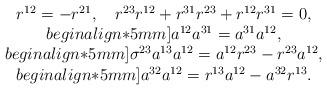
LaTeX: \begin{align*}\begin{array}{c} r^{12}=-r^{21},~~~r^{23}r^{12}+r^{31}r^{23}+r^{12}r^{31}=0,\\begin{align*}5mm]a^{12}a^{31}=a^{31}a^{12},\\begin{align*}5mm]\sigma^{23}a^{13}a^{12}=a^{12}r^{23}-r^{23}a^{12},\\begin{align*}5mm]a^{32}a^{12}=r^{13}a^{12}-a^{32}r^{13}.\end{array}\end{align*}